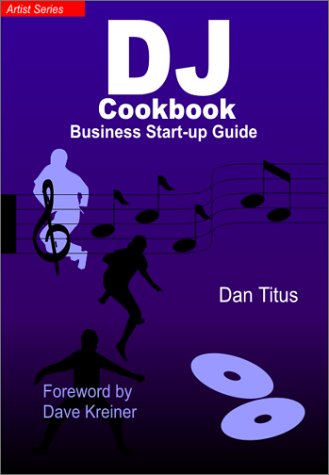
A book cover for The DJ Cookbook: Business Start-Up Guide; Dan Titus; Humor & Entertainment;